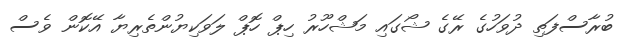
ބުރާސްފަތި ދުވަހުގެ ރޭގެ ޝޯގައި މަޝްހޫރު ހިޕް ހޮޕް ލަވަކިޔުންތެރިޔާ އޭކޮން ވެސް